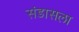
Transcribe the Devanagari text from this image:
संडासला